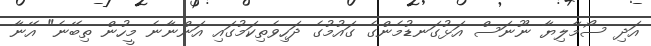
އަދި ސޯމާލިޔާ ނޫނަސް އަޅުގަނޑުމެންގެ ގައުމުގެ ދަހިވެތިކަމުގައި އަންނާނެ މީހުން ތިބޭނެ" އޭނާ